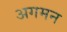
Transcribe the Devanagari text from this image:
अगमन